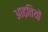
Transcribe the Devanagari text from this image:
आढ़तियों